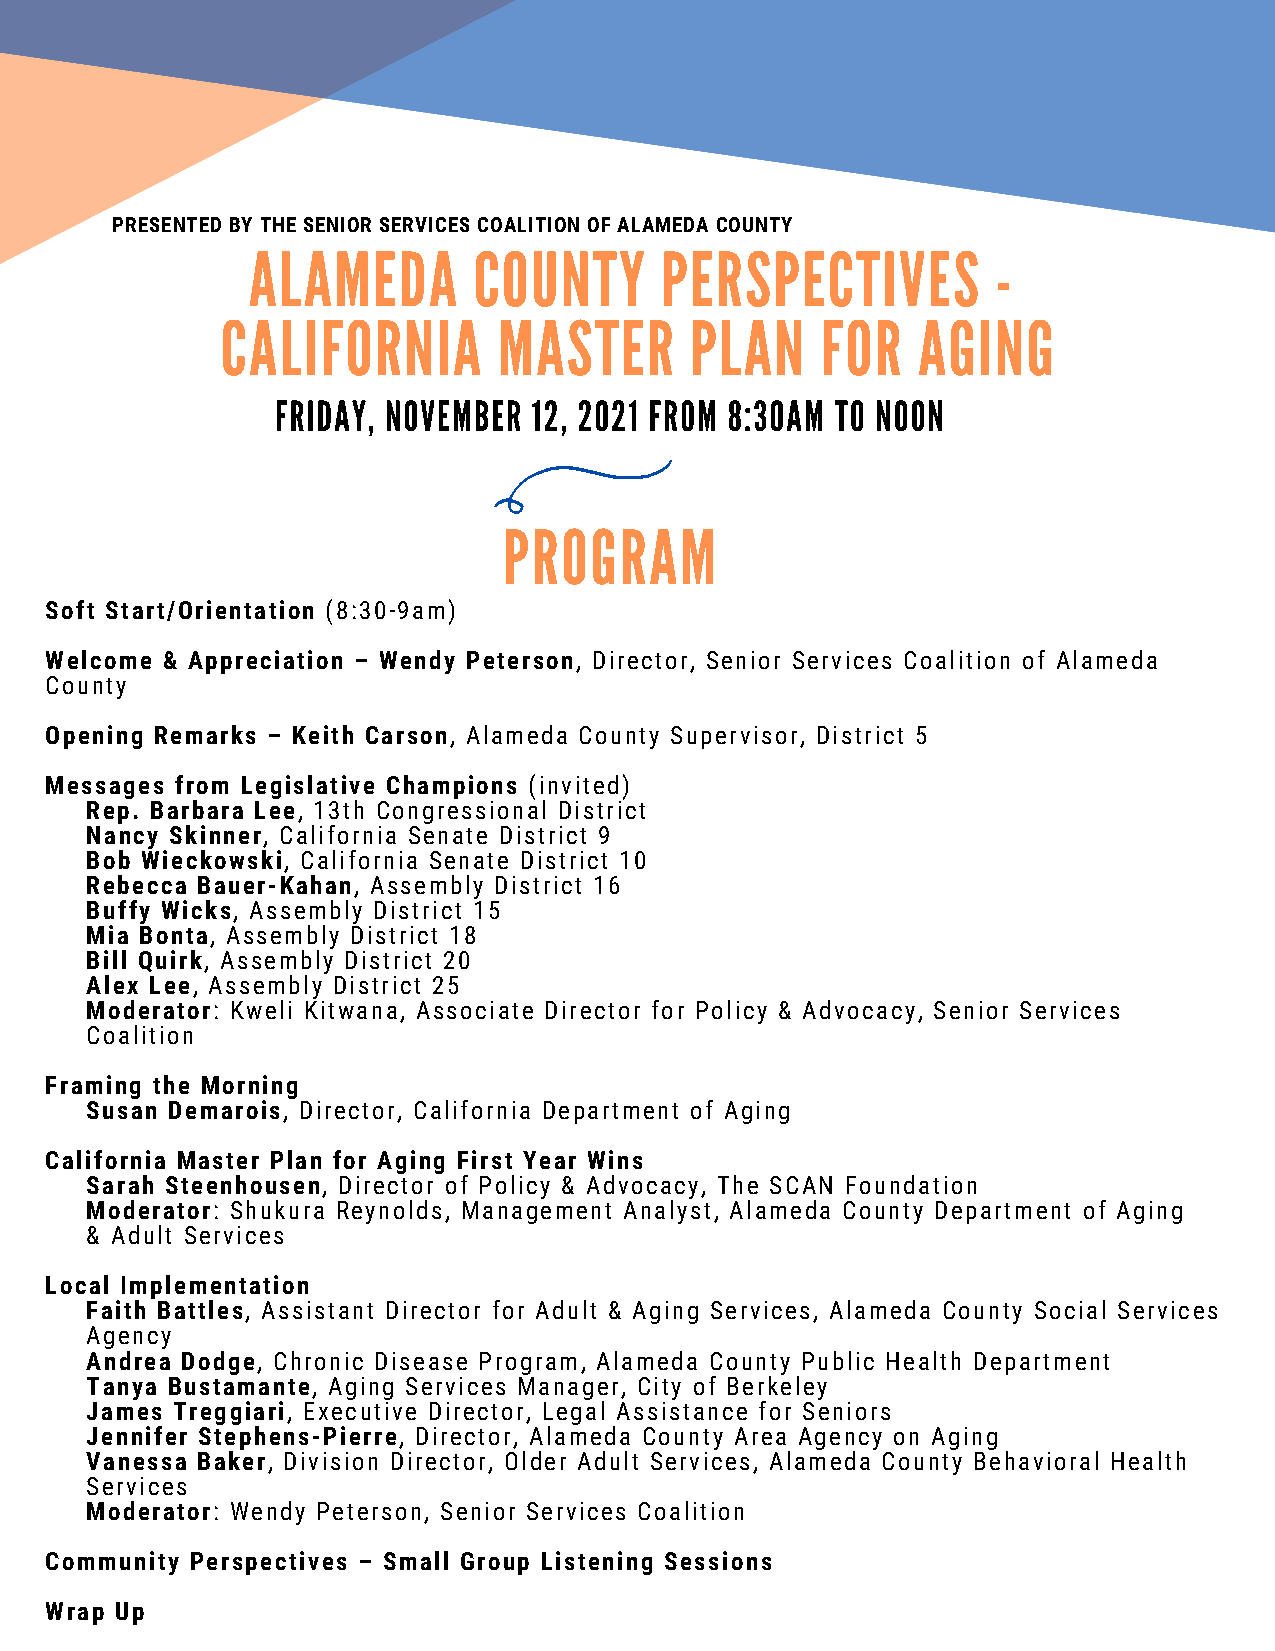
PRESENTED BY THE SENIOR SERVICES COALITION OF ALAMEDA COUNTY
 ALAMEDA        COUNTY       PERSPECTIVES          -
 CALIFORNIA        MASTER       PLAN    FOR    AGING
 FRIDAY, NOVEMBER 12, 2021 FROM 8:30AM TO NOON
 PROGRAM
 Soft Start/Orientation (8:30-9am)
 Welcome & Appreciation – Wendy Peterson, Director, Senior Services Coalition of Alameda
 County
 Opening Remarks – Keith Carson, Alameda County Supervisor, District 5
 Messages from Legislative Champions (invited)
 Rep. Barbara Lee, 13th Congressional District
 Nancy Skinner, California Senate District 9
 Bob Wieckowski, California Senate District 10
 Rebecca Bauer-Kahan, Assembly District 16
 Buffy Wicks, Assembly District 15
 Mia Bonta, Assembly District 18
 Bill Quirk, Assembly District 20
 Alex Lee, Assembly District 25
 Moderator: Kweli Kitwana, Associate Director for Policy & Advocacy, Senior Services
 Coalition
 Framing the Morning
 Susan Demarois, Director, California Department of Aging
 California Master Plan for Aging First Year Wins
 Sarah Steenhousen, Director of Policy & Advocacy, The SCAN Foundation
 Moderator: Shukura Reynolds, Management Analyst, Alameda County Department of Aging
 & Adult Services
 Local Implementation
 Faith Battles, Assistant Director for Adult & Aging Services, Alameda County Social Services
 Agency
 Andrea Dodge, Chronic Disease Program, Alameda County Public Health Department
 Tanya Bustamante, Aging Services Manager, City of Berkeley
 James Treggiari, Executive Director, Legal Assistance for Seniors
 Jennifer Stephens-Pierre, Director, Alameda County Area Agency on Aging
 Vanessa Baker, Division Director, Older Adult Services, Alameda County Behavioral Health
 Services
 Moderator: Wendy Peterson, Senior Services Coalition
 Community Perspectives – Small Group Listening Sessions
 Wrap Up